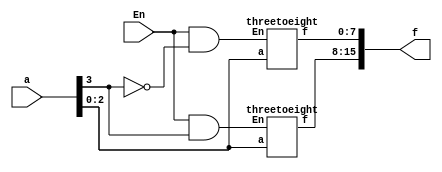
module fourtosixteen(a,En,f);
	input [3:0] a;
	input En;
	output [15:0] f;
	wire [1:0] E;
	assign E[0] = En & ~a[3];
	assign E[1] = En & a[3];
	threetoeight stage0(a[2:0],E[0],f[7:0]);
	threetoeight stage1(a[2:0],E[1],f[15:8]);
endmodule

module threetoeight(a,En,f);
	input [2:0] a;
	input En;
	output reg [7:0] f;
	wire [1:0] E;
	assign E[0] = En & ~a[2];
	assign E[1] = En & a[2];
	integer i;
	always@(a,En)
	begin
		for(i=0;i<=8;i=i+1)
		begin
			if((a == i) && (En == 1))
				f[i] = 1;
			else
				f[i] = 0;
		end
	end		
endmodule